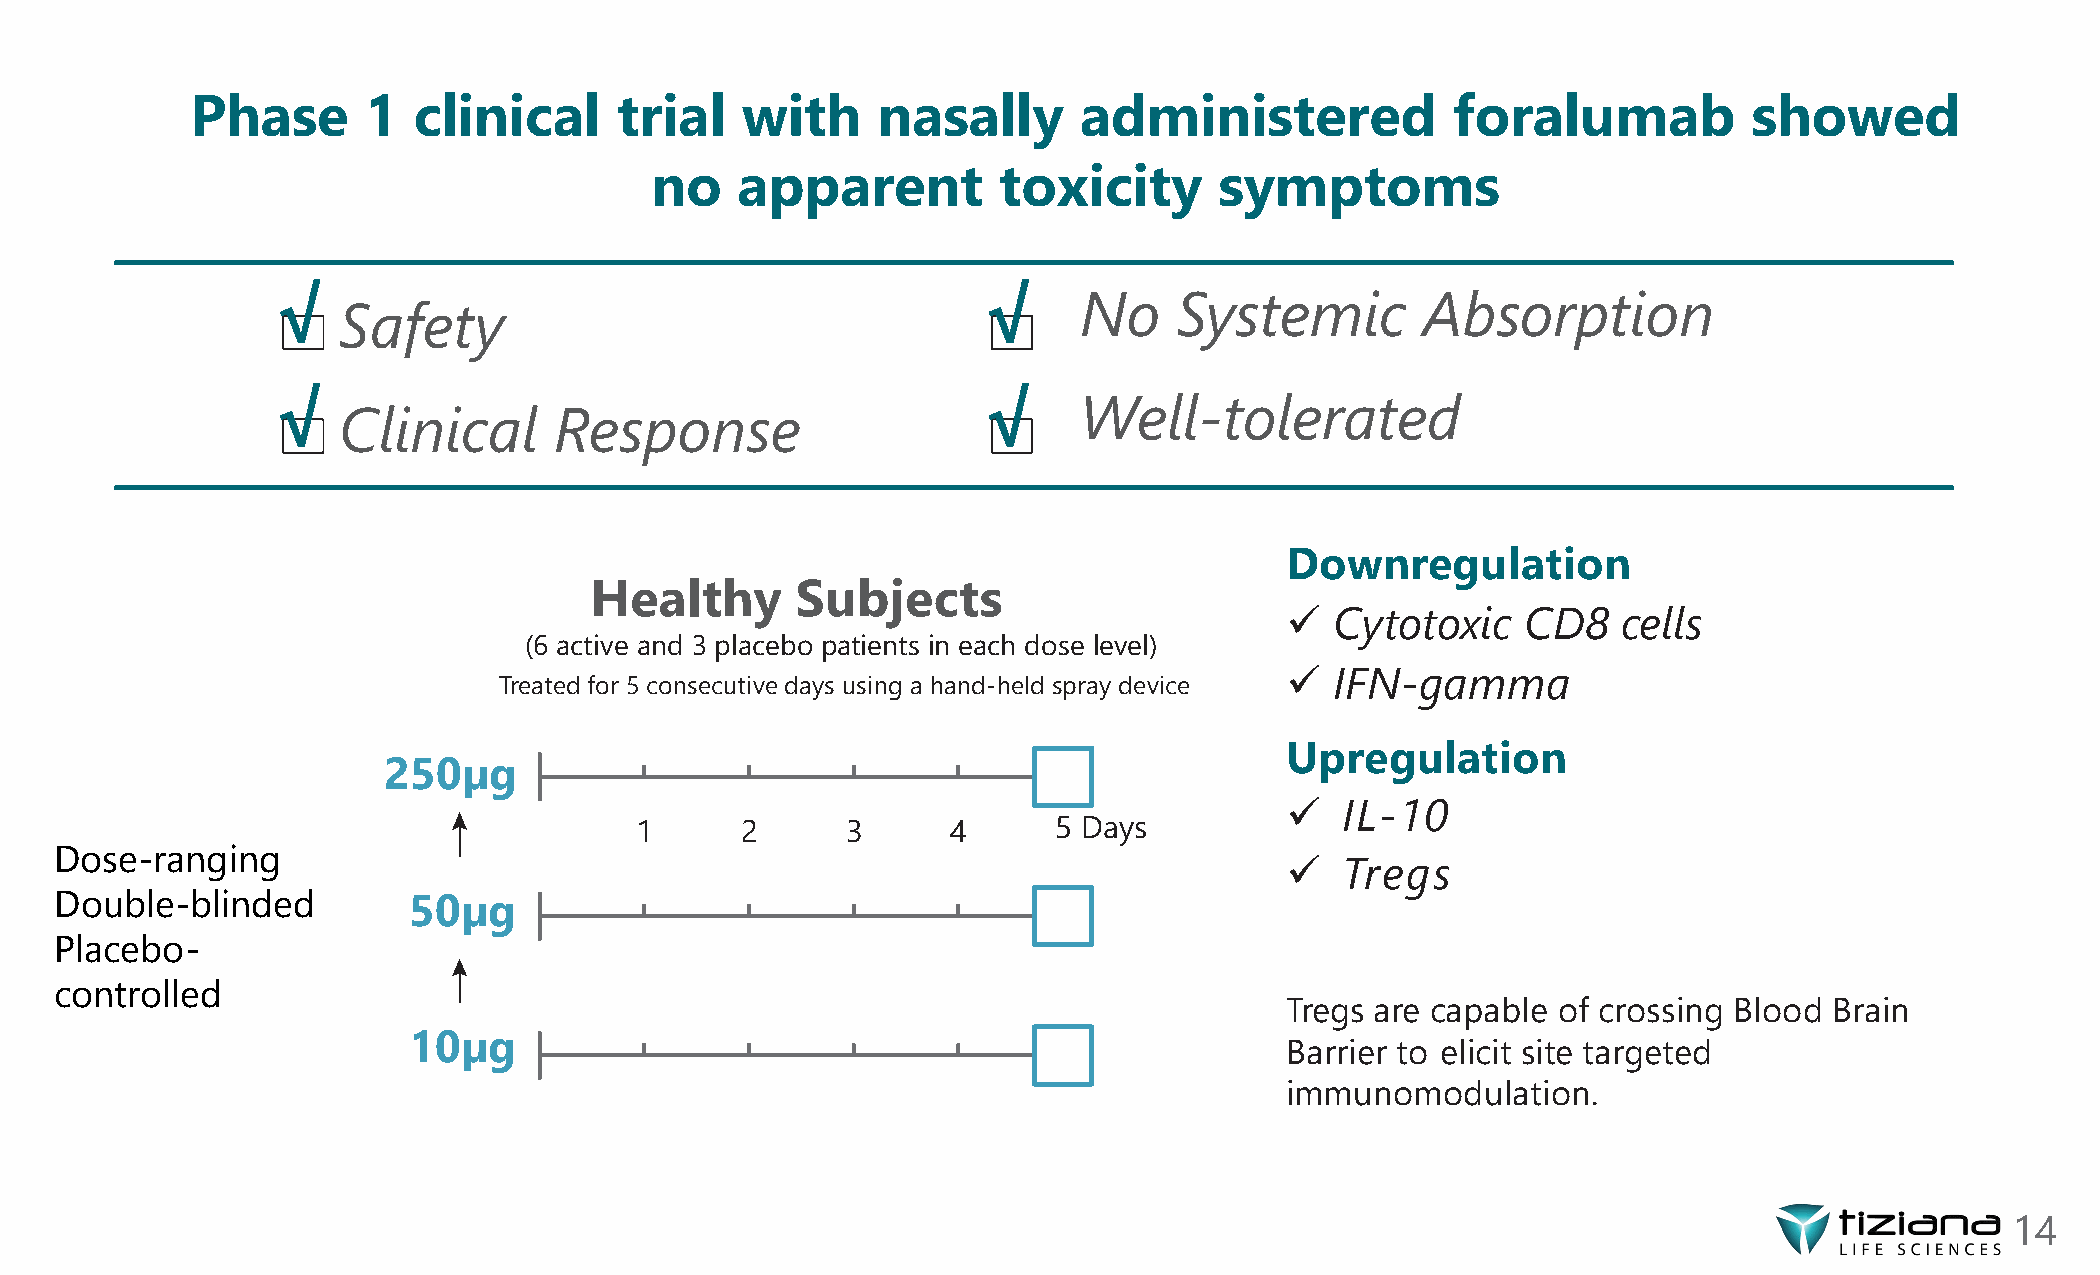
Phase      1  clinical      trial   with     nasally      administered             foralumab           showed
 no    apparent         toxicity       symptoms
 No     Systemic        Absorption
 Safety
 Well-tolerated
 Clinical       Response
 Downregulation
 Healthy       Subjects
   Cytotoxic    CD8   cells
 (6 active and 3 placebo patients in each dose level)
   IFN-gamma
 Treated for 5 consecutive days using a hand-held spray device
 Upregulation
 250µg
    IL-10
 1      2      3      4      5 Days
 Dose-ranging                                                                        Tregs
 Double-blinded         50µg
 Placebo-
 controlled
 Tregs are capable of crossing Blood Brain
 10µg
 Barrier to elicit site targeted
 immunomodulation.
 14